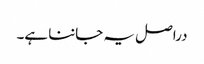
دراصل یہ جاننا ہے۔